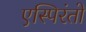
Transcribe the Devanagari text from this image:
एस्पिरंतो